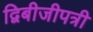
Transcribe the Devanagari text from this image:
द्विबीजीपत्री